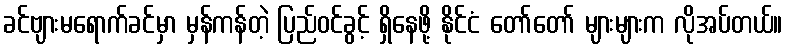
ခင်ဗျားမရောက်ခင်မှာ မှန်ကန်တဲ့ ပြည်ဝင်ခွင့် ရှိနေဖို့ နိုင်ငံ တော်တော် များများက လိုအပ်တယ်။